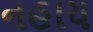
નહાય